Problem: 2 × 4 = ?
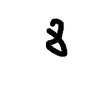
Handwritten answer: 8